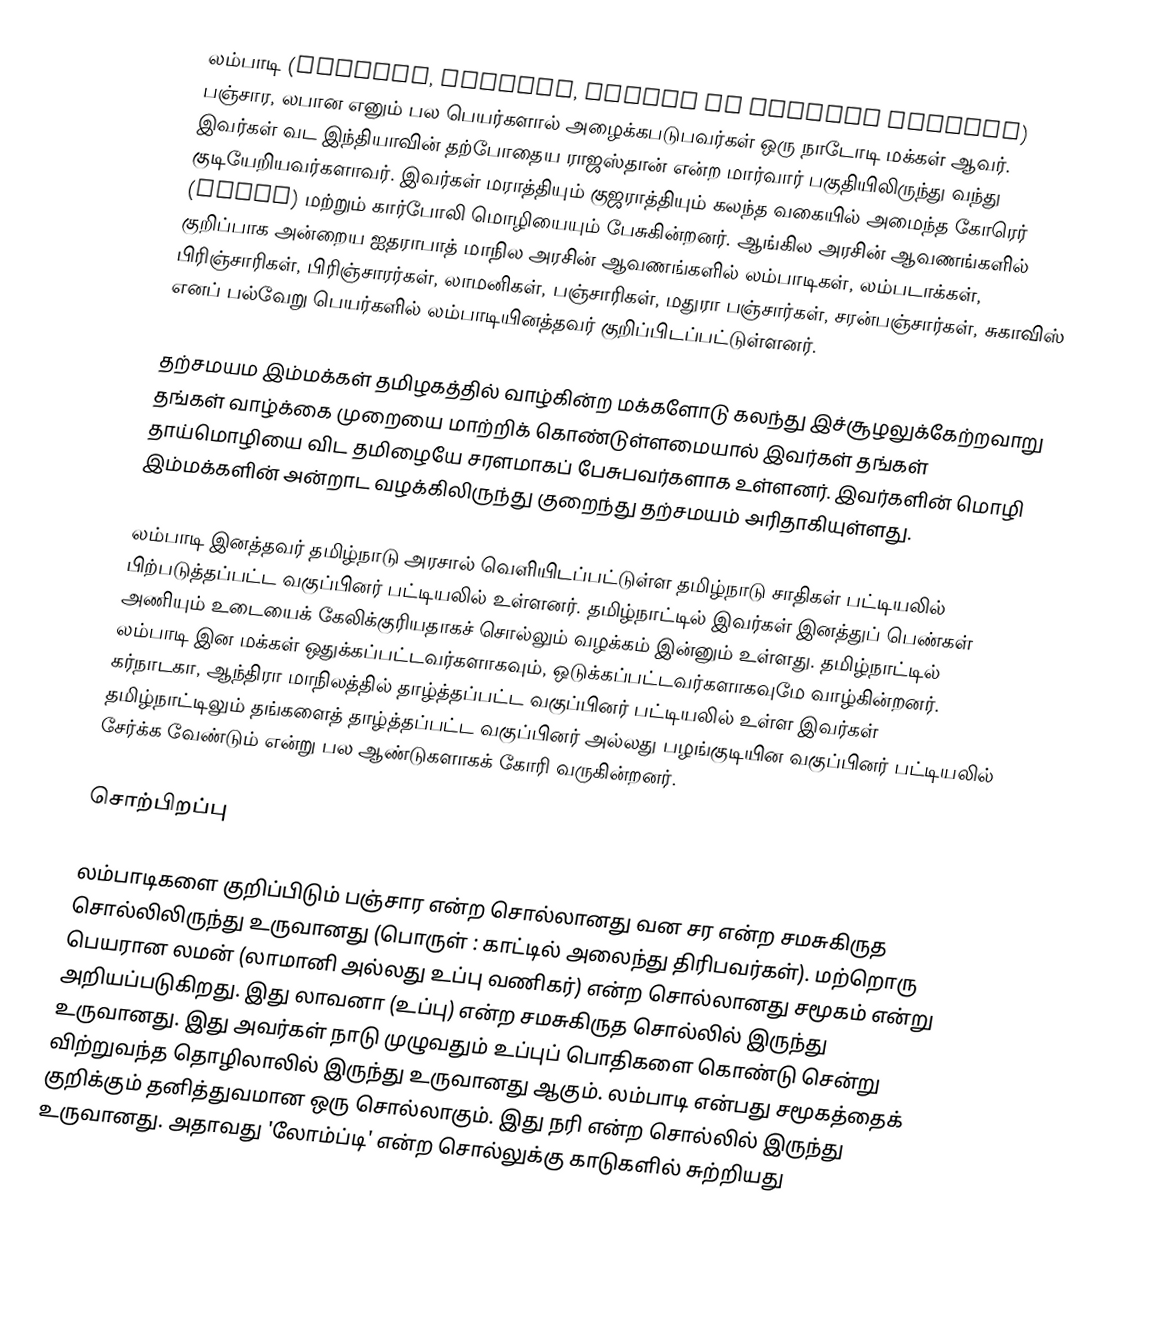
லம்பாடி (Banjara, Lampadi, Lamani or Lambani Banjara) பஞ்சார, லபான எனும் பல பெயர்களால் அழைக்கபடுபவர்கள் ஒரு நாடோடி மக்கள் ஆவர். இவர்கள்  வட இந்தியாவின் தற்போதைய ராஜஸ்தான் என்ற மார்வார் பகுதியிலிருந்து  வந்து குடியேறியவர்களாவர். இவர்கள் மராத்தியும் குஜராத்தியும் கலந்த வகையில் அமைந்த கோரெர் (Gorer) மற்றும் கார்போலி மொழியையும் பேசுகின்றனர். ஆங்கில அரசின் ஆவணங்களில் குறிப்பாக அன்றைய ஐதராபாத் மாநில அரசின் ஆவணங்களில் லம்பாடிகள், லம்படாக்கள், பிரிஞ்சாரிகள், பிரிஞ்சாரர்கள், லாமனிகள், பஞ்சாரிகள், மதுரா பஞ்சார்கள், சரன்பஞ்சார்கள், சுகாவிஸ் எனப் பல்வேறு பெயர்களில் லம்பாடியினத்தவர் குறிப்பிடப்பட்டுள்ளனர்.

தற்சமயம இம்மக்கள் தமிழகத்தில் வாழ்கின்ற மக்களோடு கலந்து இச்சூழலுக்கேற்றவாறு தங்கள் வாழ்க்கை முறையை மாற்றிக் கொண்டுள்ளமையால் இவர்கள் தங்கள் தாய்மொழியை விட தமிழையே சரளமாகப் பேசுபவர்களாக உள்ளனர். இவர்களின் மொழி இம்மக்களின் அன்றாட வழக்கிலிருந்து குறைந்து தற்சமயம் அரிதாகியுள்ளது.

லம்பாடி இனத்தவர் தமிழ்நாடு அரசால் வெளியிடப்பட்டுள்ள தமிழ்நாடு சாதிகள் பட்டியலில் பிற்படுத்தப்பட்ட வகுப்பினர் பட்டியலில் உள்ளனர். தமிழ்நாட்டில் இவர்கள் இனத்துப் பெண்கள் அணியும் உடையைக் கேலிக்குரியதாகச் சொல்லும் வழக்கம் இன்னும் உள்ளது. தமிழ்நாட்டில் லம்பாடி இன மக்கள் ஒதுக்கப்பட்டவர்களாகவும், ஒடுக்கப்பட்டவர்களாகவுமே வாழ்கின்றனர். கர்நாடகா, ஆந்திரா மாநிலத்தில் தாழ்த்தப்பட்ட வகுப்பினர் பட்டியலில் உள்ள இவர்கள் தமிழ்நாட்டிலும் தங்களைத் தாழ்த்தப்பட்ட வகுப்பினர் அல்லது பழங்குடியின வகுப்பினர் பட்டியலில் சேர்க்க வேண்டும் என்று பல ஆண்டுகளாகக் கோரி வருகின்றனர்.

சொற்பிறப்பு

லம்பாடிகளை குறிப்பிடும் பஞ்சார என்ற சொல்லானது வன சர என்ற சமசுகிருத சொல்லிலிருந்து உருவானது (பொருள் : காட்டில் அலைந்து திரிபவர்கள்). மற்றொரு பெயரான லமன் (லாமானி அல்லது உப்பு வணிகர்) என்ற சொல்லானது சமூகம் என்று அறியப்படுகிறது. இது லாவனா (உப்பு) என்ற  சமசுகிருத சொல்லில் இருந்து உருவானது. இது அவர்கள் நாடு முழுவதும் உப்புப் பொதிகளை கொண்டு சென்று விற்றுவந்த தொழிலாலில் இருந்து உருவானது ஆகும். லம்பாடி என்பது சமூகத்தைக் குறிக்கும் தனித்துவமான ஒரு சொல்லாகும். இது நரி என்ற சொல்லில் இருந்து உருவானது. அதாவது  'லோம்ப்டி' என்ற சொல்லுக்கு காடுகளில் சுற்றியது